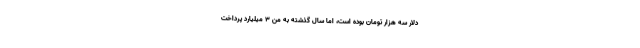
دلار سه هزار تومان بوده است، اما سال گذشته به من ۳ میلیارد پرداخت